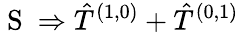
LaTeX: \mathrm{~S~}\Rightarrow\hat{T}^{(1,0)}+\hat{T}^{(0,1)}